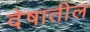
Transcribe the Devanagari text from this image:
देषातील